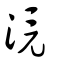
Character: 滰